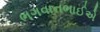
ભગવાનભાઈએ